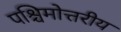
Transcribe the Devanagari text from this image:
पश्चिमोत्तरीय